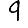
Digit: 9